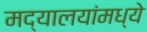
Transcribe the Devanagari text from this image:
मद्यालयांमध्ये